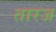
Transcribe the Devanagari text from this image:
तारज